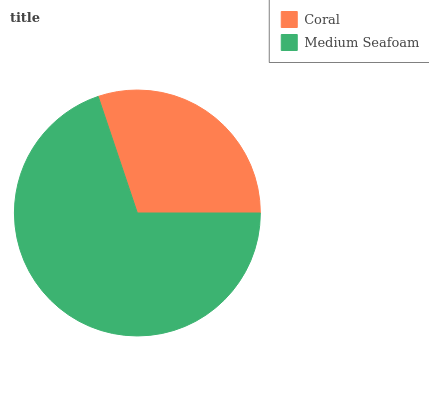
| Coral | Medium Seafoam |
 | --- | --- |
 | 30.1% | 69.9% |